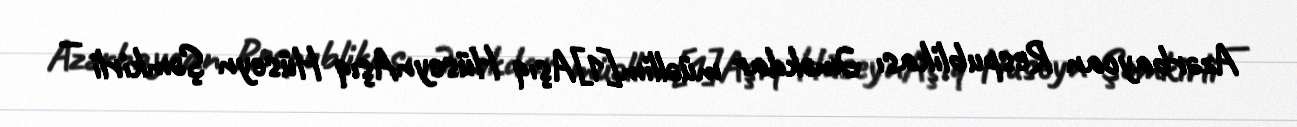
Azərbaycan Respublikası Əməkdar müəllim[1]Aşıq HüseynAşıq Hüseyn Şəmkirli —